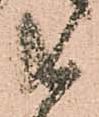
共